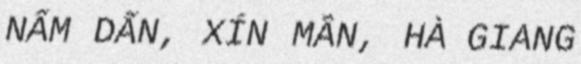
NẤM DẨN, XÍN MẦN, HÀ GIANG